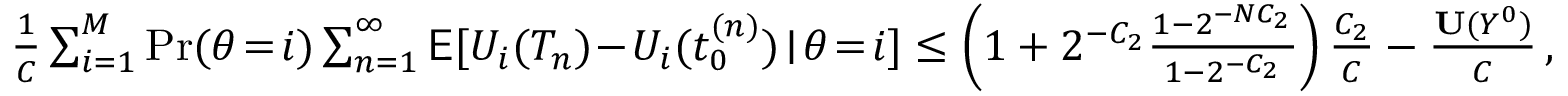
\begin{array} { r } { \frac { 1 } { C } \sum _ { i = 1 } ^ { M } \operatorname* { P r } ( \theta \! = \! i ) \sum _ { n = 1 } ^ { \infty } \mathsf { E } [ U _ { i } ( T _ { n } ) \! - \! U _ { i } ( t _ { 0 } ^ { ( n ) } ) \! \mid \! \theta \! = \! i ] \le \left( 1 + 2 ^ { - C _ { 2 } } \frac { 1 - 2 ^ { - N C _ { 2 } } } { 1 - 2 ^ { - C _ { 2 } } } \right) \frac { C _ { 2 } } { C } - \frac { \mathbf { U } ( Y ^ { 0 } ) } { C } \, , } \end{array}